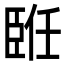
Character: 𦣨